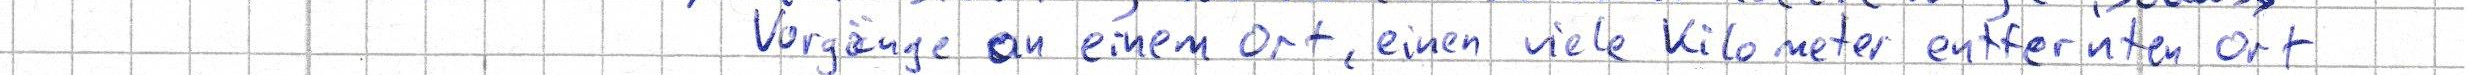
Vorgänge an einem Ort, einen viele Kilometer entfernten Ort